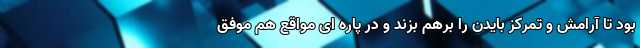
بود تا آرامش و تمرکز بایدن را برهم بزند و در پاره ای مواقع هم موفق